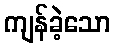
ကျန်ခဲ့သော